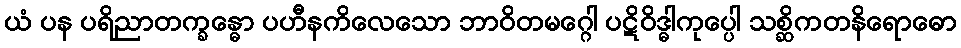
ယံ ပန ပရိညာတက္ခန္ဓော ပဟီနကိလေသော ဘာဝိတမဂ္ဂေါ ပဋိဝိဒ္ဓါကုပ္ပေါ သစ္ဆိကတနိရောဓော